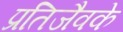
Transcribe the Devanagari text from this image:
प्रतिजैवके